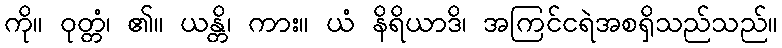
ကို။ ဝုတ္တံ၊ ၏။ ယန္တိ၊ ကား။ ယံ နိရိယာဒိ၊ အကြင်ငရဲအစရှိသည်သည်။